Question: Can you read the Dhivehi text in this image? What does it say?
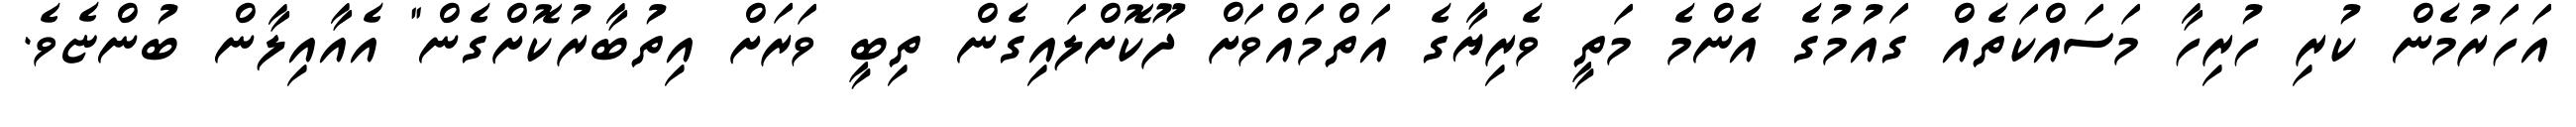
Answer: އަހަރުމެން ކުރި ހުރިހާ މަސައްކަތެއް ގައުމުގެ އެންމެ މަތީ ވެރިޔާގެ އަތްމައްވަށް ދޫކޮށްލައިގެން ތިބީ ވަރަށް އިތުބާރުކޮށްގެން" އެއާއިލާން ބުންޏެވެ.